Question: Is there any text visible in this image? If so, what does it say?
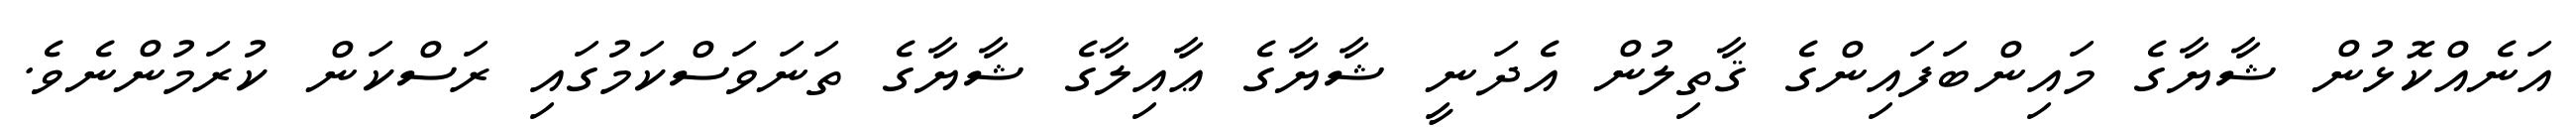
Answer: އަނެއްކޮޅުން ޝާޔާގެ މައިންބަފައިންގެ ޤާތިލުން އެދަނީ ޝާޔާގެ ޢާއިލާގެ ޝާޔާގެ ތަނަވަސްކަމުގައި ރަސްކަން ކުރަމުންނެވެ.